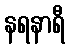
နရနာရီ